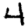
Digit: 4